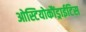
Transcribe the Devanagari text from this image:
ओस्टियोकौंड्राईटिस